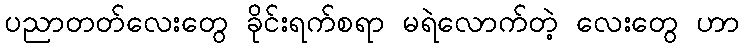
ပညာတတ်လေးတွေ ခိုင်းရက်စရာ မရဲလောက်တဲ့ လေးတွေ ဟာ